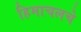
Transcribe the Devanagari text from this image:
हिमाचलचे